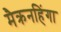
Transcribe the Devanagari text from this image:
मैक्रनहिंगा